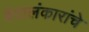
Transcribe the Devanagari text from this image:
वेदालंकारांचे